system: You are a helpful assistant.
user:
Analyze the provided spectrum to determine if it is a **Carbon Star (C-type)**.

- **Key Visual Indicators of Carbon Star:**
    - **(Primary):** Strong molecular absorption from **C₂ (diatomic carbon) "Swan Bands."** This is the **defining feature** of a carbon star.
        - **(Key Bandheads):** Sharp absorption edges are visible at approximately $5635$ Å, $5165$ Å (the strongest band), and $4737$ Å.
        - **(Line Profile):** Creates a distinct **"saw-tooth"** pattern. The key morphology is a sharp, steep bandhead on the **red (long-wavelength) side**, which then gradually tapers off (i.e., flux recovers) towards the **blue (short-wavelength) side**. *(This is the direct opposite of the TiO bands seen in M-type stars)*.

    - **(Secondary):** Intense **CN (cyanogen)** molecular absorption bands.
        - **(Key Bandheads):** Located in the blue and violet regions of the spectrum (e.g., near $4215$ Å and $3883$ Å).
        - **(Morphology):** These bands are extremely broad and act as a "blanket," absorbing the vast majority of blue and violet light. This creates a characteristic **"cliff"** or **"steep drop-off"** in the spectrum's flux at short wavelengths.

    - **(Key Confirmation):** Strong **CH absorption band (G-band)**.
        - **(Key Bandhead):** Located around $4300$ Å. The contribution from CH molecules to this band is exceptionally strong.

    - **(Overall Spectrum):**
        - The continuum is severely "chopped up" by these deep molecular bands, especially C₂, rather than appearing as a smooth curve.
        - Due to the heavy CN and C₂ absorption in the blue-green, the vast majority of the star's flux is concentrated in the red part of the spectrum, giving the star its characteristic deep red color.

Think first, call **spectral_visualization_tool** if needed to examine features in detail, then provide your final answer. Your response must adhere to the following strict rules:
1.  **Overall Structure:** Your response must follow the format `<think>...</think> <tool_call>...</tool_call> (if a tool is used) <answer>...</answer>`.
2.  **Tool Usage Constraint:** You may only make **one** tool call per turn.
3.  **Final Answer Format:** In the `<answer>` tag, your conclusion must be inside a `\boxed{}` command (e.g., `\boxed{YES}`), followed by your justification.

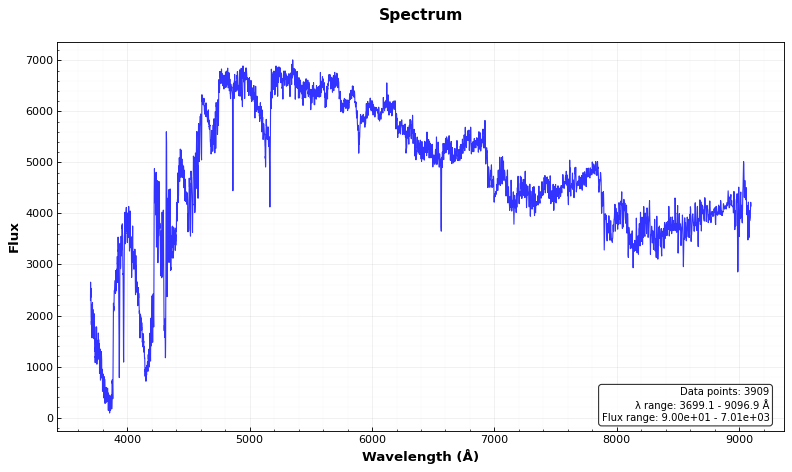
Answer: YES